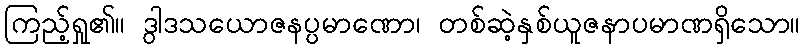
ကြည့်ရှု၏။ ဒွါဒသယောဇနပ္ပမာဏော၊ တစ်ဆဲ့နှစ်ယူဇနာပမာဏရှိသော။